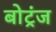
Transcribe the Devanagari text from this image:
बोट्रंज